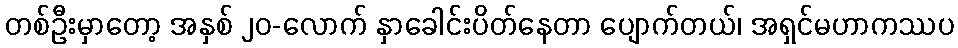
တစ်ဦးမှာတော့ အနှစ် ၂၀-လောက် နှာခေါင်းပိတ်နေတာ ပျောက်တယ်၊ အရှင်မဟာကဿပ